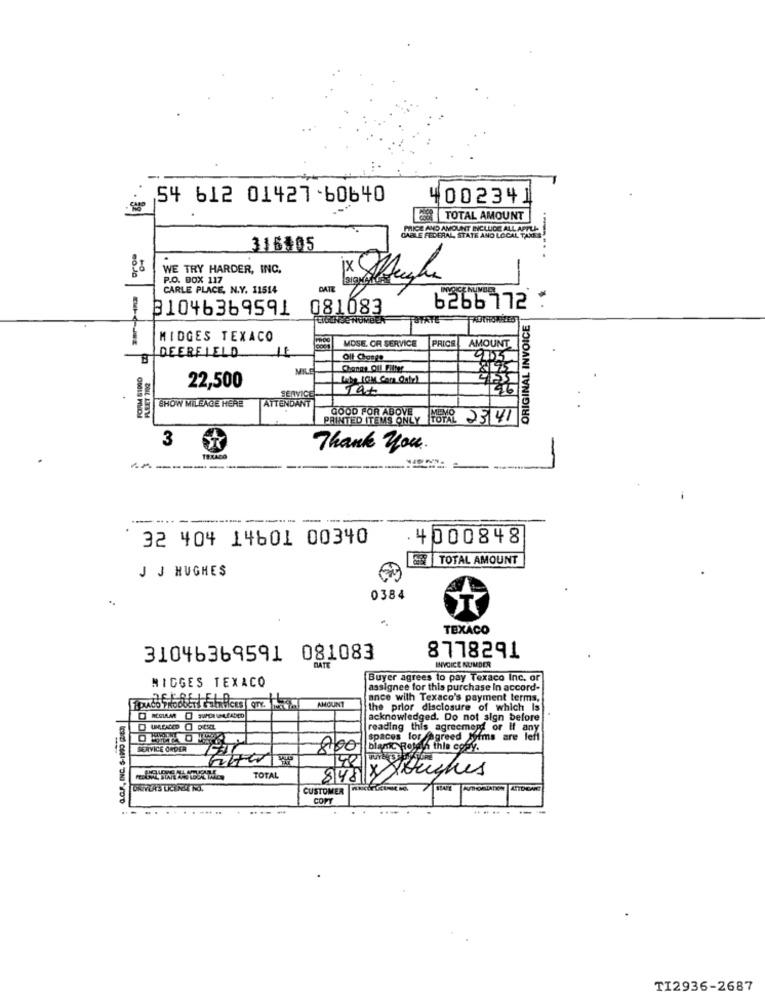
54 612 01427-60640
400234]
TOTAL AMOUNT
PRICE AND AMOUNT INCLUDE ALL APPLI-
GAELLE FEDERAL, STATE AND LOCAL TAXES
316405
WE TRY HARDER, INC.
-
P.O. BOX 117
CARLE PLACE, N.Y. 11514
DATE
81046369591
081083
6266172 :
ORIGINAL INVOICE
MIDGES TEXACO
MOSE. OR SERVICE
PRICE
AMOUNT
DEERFIELD
Oil Change
9:05
MILE
Changs Oll Filter
22,500
26
SHOW MILEAGE HERE
ATTENDA
GOOD FOR ABOVE
PRINTED ITEMS ONLY
TOTAL
3
Thank you.
TEXACO
---------
--
32 404 14601 00340
.4000848
TOTAL AMOUNT
J J HUGHES
0384
TEXACO
31046369591 081083
8778291
INVOICE NUMBER
DATE
MIGGES TEXACO
Buyer agrees to pay Texaco Inc. or
assignee for this purchase In accord-
AMOUNT
ance wilh Texaco's payment terms.
the prior disclosure of which Is
acknowledged. Do not sign before
reading this agreement or if any
spaces for agreed Whims are left
SERVICE ORDER
8800 blanc gown this copy.
848 x Xbuches
TOTAL
CUSTOMER
COPY
.. .....
TI2936-2687